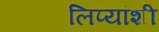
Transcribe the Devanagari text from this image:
लिप्यांशी